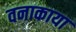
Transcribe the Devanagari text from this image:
वनाकाया